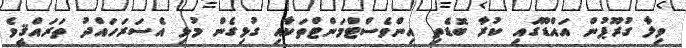
ވިލާ ގުރޫޕުން އައްޑޫގައި ކުރާ ބޮޑެތި އިންވެސްޓްމަންޓްތަކާއި ގުޅިގެން މުޅި އެސަރަހައްދު ތަރައްޤީވެ